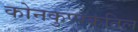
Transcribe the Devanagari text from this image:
कोनकुप्पकतिल